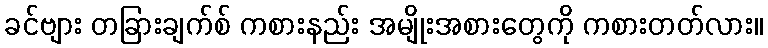
ခင်ဗျား တခြားချက်စ် ကစားနည်း အမျိုးအစားတွေကို ကစားတတ်လား။